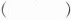
（）